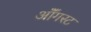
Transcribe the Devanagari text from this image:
ऑॅगस्ट